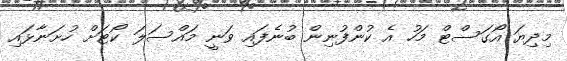
މިދިޔަ އޯގަސްޓް މަހު އެ ކުންފުނިން ބުނެފައި ވަނީ މައްސަލަ ކޯޓަށް ހުށަނާޅައި